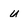
Character: u